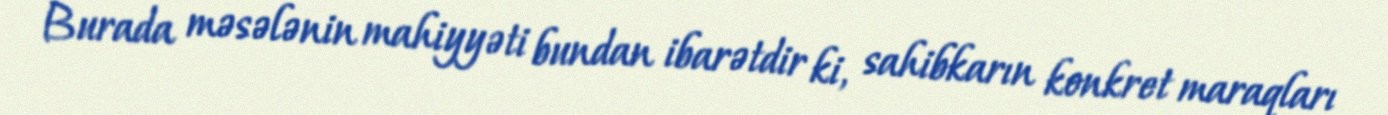
Burada məsələnin mahiyyəti bundan ibarətdir ki, sahibkarın konkret maraqları